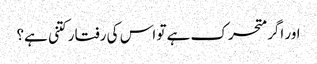
اور اگر متحرک ہے تو اس کی رفتار کتنی ہے؟